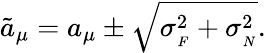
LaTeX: \tilde{a}_{\mu}=a_{\mu}\pm\sqrt{\sigma_{{}_{F}}^{2}+\sigma_{{}_{N}}^{2}}.